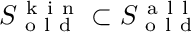
S _ { \mathrm { ~ o ~ l ~ d ~ } } ^ { \mathrm { ~ k ~ i ~ n ~ } } \subset S _ { \mathrm { ~ o ~ l ~ d ~ } } ^ { \mathrm { ~ a ~ l ~ l ~ } }